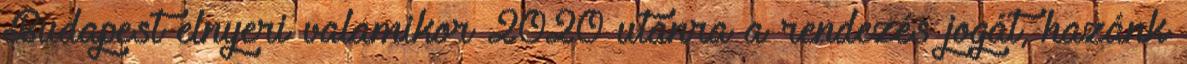
Budapest elnyeri valamikor 2020 utánra a rendezés jogát, hazánk